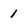
Character: 1